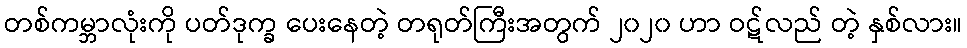
တစ်ကမ္ဘာလုံးကို ပတ်ဒုက္ခ ပေးနေတဲ့ တရုတ်ကြီးအတွက် ၂၀၂၀ ဟာ ဝဋ်လည် တဲ့ နှစ်လား။